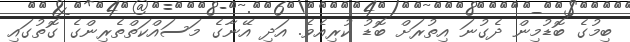
ބިމުގެ ބޮޑުމިން ދެގުނަ އިތުރަށް ބޮޑު ކުރިއެވެ. އަދި އޭނާގެ މަސައްކަތްތެރިންގެ ގޮތުގައި